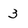
Character: 3